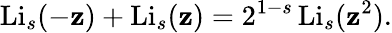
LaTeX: \operatorname{Li}_{s}(-\mathbf{z})+\operatorname{Li}_{s}(\mathbf{z})=2^{1-s}\operatorname{Li}_{s}(\mathbf{z}^{2}).